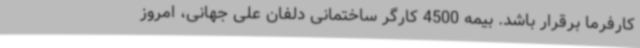
کارفرما برقرار باشد. بیمه 4500 کارگر ساختمانی دلفان علی جهانی، امروز